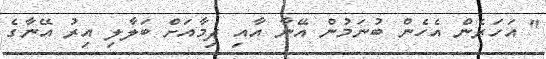
" އަހަރެން އެހެން ބުނަމުން އޭނާ އާއި ދިމާއަށް ބަލާލި އިރު އޭނާގެ